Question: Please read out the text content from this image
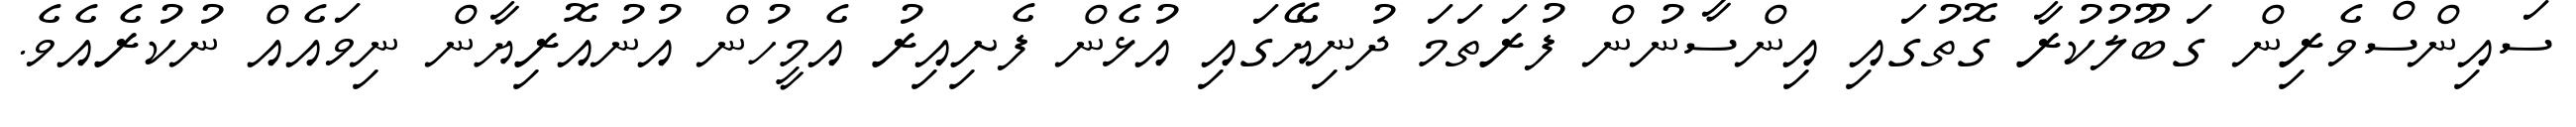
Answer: ސައިންސްވެރިން ގަބޫލުކުރާ ގޮތުގައި އިންސާނުން ފުރަތަމަ ދުނިޔޭގައި އުޅެން ފެށިއިރު އެމީހުން އުނުއޮރިޔާން ނިވައެއް ނުކުރެއެވެ.